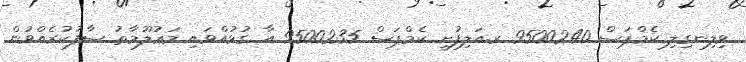
ވިލިނގިލި ކެމްޕަސް 9500240 ރ.އަލިފުށީ ކެމްޕަސް 9500235 އާ ގުޅުއްވައި މަޢުލޫމާތު ސާފުކުރެއްވުން